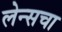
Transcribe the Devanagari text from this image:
लेन्सचा